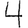
Digit: 4